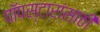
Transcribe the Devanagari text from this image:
पॉपस्टारांसाठी